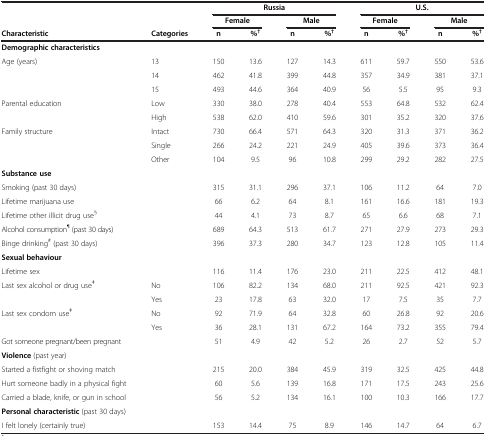
<table><thead><tr><td><b> </b></td><td><b> </b></td><td colspan="4"><b>Russia</b></td><td colspan="4"><b>U.S.</b></td></tr><tr><td><b> </b></td><td><b> </b></td><td colspan="2"><b>Female</b></td><td colspan="2"><b>Male</b></td><td colspan="2"><b>Female</b></td><td colspan="2"><b>Male</b></td></tr><tr><td><b>Characteristic</b></td><td><b>Categories</b></td><td><b>n</b></td><td><b>%<sup>†</sup></b></td><td><b>n</b></td><td><b>%<sup>†</sup></b></td><td><b>n</b></td><td><b>%<sup>†</sup></b></td><td><b>n</b></td><td><b>%<sup>†</sup></b></td></tr></thead><tbody><tr><td><b>Demographic characteristics</b></td><td> </td><td> </td><td> </td><td> </td><td> </td><td> </td><td> </td><td> </td><td> </td></tr><tr><td>Age (years)</td><td>13</td><td>150</td><td>13.6</td><td>127</td><td>14.3</td><td>611</td><td>59.7</td><td>550</td><td>53.6</td></tr><tr><td> </td><td>14</td><td>462</td><td>41.8</td><td>399</td><td>44.8</td><td>357</td><td>34.9</td><td>381</td><td>37.1</td></tr><tr><td> </td><td>15</td><td>493</td><td>44.6</td><td>364</td><td>40.9</td><td>56</td><td>5.5</td><td>95</td><td>9.3</td></tr><tr><td>Parental education</td><td>Low</td><td>330</td><td>38.0</td><td>278</td><td>40.4</td><td>553</td><td>64.8</td><td>532</td><td>62.4</td></tr><tr><td> </td><td>High</td><td>538</td><td>62.0</td><td>410</td><td>59.6</td><td>301</td><td>35.2</td><td>320</td><td>37.6</td></tr><tr><td>Family structure</td><td>Intact</td><td>730</td><td>66.4</td><td>571</td><td>64.3</td><td>320</td><td>31.3</td><td>371</td><td>36.2</td></tr><tr><td> </td><td>Single</td><td>266</td><td>24.2</td><td>221</td><td>24.9</td><td>405</td><td>39.6</td><td>373</td><td>36.4</td></tr><tr><td> </td><td>Other</td><td>104</td><td>9.5</td><td>96</td><td>10.8</td><td>299</td><td>29.2</td><td>282</td><td>27.5</td></tr><tr><td><b>Substance use</b></td><td> </td><td> </td><td> </td><td> </td><td> </td><td> </td><td> </td><td> </td><td> </td></tr><tr><td>Smoking (past 30 days)</td><td> </td><td>315</td><td>31.1</td><td>296</td><td>37.1</td><td>106</td><td>11.2</td><td>64</td><td>7.0</td></tr><tr><td>Lifetime marijuana use</td><td> </td><td>66</td><td>6.2</td><td>64</td><td>8.1</td><td>161</td><td>16.6</td><td>181</td><td>19.3</td></tr><tr><td>Lifetime other illicit drug use<sup>§</sup></td><td> </td><td>44</td><td>4.1</td><td>73</td><td>8.7</td><td>65</td><td>6.6</td><td>68</td><td>7.1</td></tr><tr><td>Alcohol consumption<sup>¶</sup> (past 30 days)</td><td> </td><td>689</td><td>64.3</td><td>513</td><td>61.7</td><td>271</td><td>27.9</td><td>273</td><td>29.3</td></tr><tr><td>Binge drinking<sup>#</sup> (past 30 days)</td><td> </td><td>396</td><td>37.3</td><td>280</td><td>34.7</td><td>123</td><td>12.8</td><td>105</td><td>11.4</td></tr><tr><td><b>Sexual behaviour</b></td><td> </td><td> </td><td> </td><td> </td><td> </td><td> </td><td> </td><td> </td><td> </td></tr><tr><td>Lifetime sex</td><td> </td><td>116</td><td>11.4</td><td>176</td><td>23.0</td><td>211</td><td>22.5</td><td>412</td><td>48.1</td></tr><tr><td>Last sex alcohol or drug use<sup>ǂ</sup></td><td>No</td><td>106</td><td>82.2</td><td>134</td><td>68.0</td><td>211</td><td>92.5</td><td>421</td><td>92.3</td></tr><tr><td> </td><td>Yes</td><td>23</td><td>17.8</td><td>63</td><td>32.0</td><td>17</td><td>7.5</td><td>35</td><td>7.7</td></tr><tr><td>Last sex condom use<sup>ǂ</sup></td><td>No</td><td>92</td><td>71.9</td><td>64</td><td>32.8</td><td>60</td><td>26.8</td><td>92</td><td>20.6</td></tr><tr><td> </td><td>Yes</td><td>36</td><td>28.1</td><td>131</td><td>67.2</td><td>164</td><td>73.2</td><td>355</td><td>79.4</td></tr><tr><td>Got someone pregnant/been pregnant</td><td> </td><td>51</td><td>4.9</td><td>42</td><td>5.2</td><td>26</td><td>2.7</td><td>52</td><td>5.7</td></tr><tr><td><b>Violence</b> (past year)</td><td> </td><td> </td><td> </td><td> </td><td> </td><td> </td><td> </td><td> </td><td> </td></tr><tr><td>Started a fistfight or shoving match</td><td> </td><td>215</td><td>20.0</td><td>384</td><td>45.9</td><td>319</td><td>32.5</td><td>425</td><td>44.8</td></tr><tr><td>Hurt someone badly in a physical fight</td><td> </td><td>60</td><td>5.6</td><td>139</td><td>16.8</td><td>171</td><td>17.5</td><td>243</td><td>25.6</td></tr><tr><td>Carried a blade, knife, or gun in school</td><td> </td><td>56</td><td>5.2</td><td>134</td><td>16.1</td><td>100</td><td>10.3</td><td>166</td><td>17.7</td></tr><tr><td><b>Personal characteristic</b> (past 30 days)</td><td> </td><td> </td><td> </td><td> </td><td> </td><td> </td><td> </td><td> </td><td> </td></tr><tr><td>I felt lonely (certainly true)</td><td> </td><td>153</td><td>14.4</td><td>75</td><td>8.9</td><td>146</td><td>14.7</td><td>64</td><td>6.7</td></tr></tbody></table>